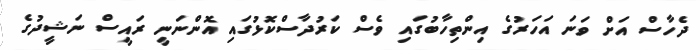
ދެހާސް އަށް ވަނަ އަހަރުގެ އިންތިހާބުގައި ވެސް ކަރުދާސްކޮޅުގައި އޮންނަނީ ރައީސް ނަޝީދުގެ